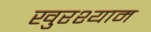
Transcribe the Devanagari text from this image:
खुरश्याम